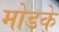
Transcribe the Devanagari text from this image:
मोडके